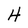
Character: H